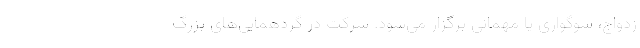
زدواج، سوگواری یا مهمانی برگزار می‌شود. شرکت در گردهمایی‌های بزرگ